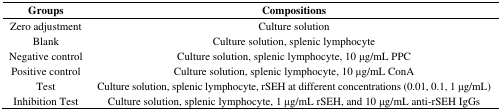
<table><thead><tr><td><b>Groups</b></td><td><b>Compositions</b></td></tr></thead><tbody><tr><td>Zero adjustment</td><td>Culture solution</td></tr><tr><td>Blank</td><td>Culture solution, splenic lymphocyte</td></tr><tr><td>Negative control</td><td>Culture solution, splenic lymphocyte, 10 μg/mL PPC</td></tr><tr><td>Positive control</td><td>Culture solution, splenic lymphocyte, 10 μg/mL ConA</td></tr><tr><td>Test</td><td>Culture solution, splenic lymphocyte, rSEH at different concentrations (0.01, 0.1, 1 μg/mL)</td></tr><tr><td>Inhibition Test</td><td>Culture solution, splenic lymphocyte, 1 μg/mL rSEH, and 10 μg/mL anti-rSEH IgGs</td></tr></tbody></table>